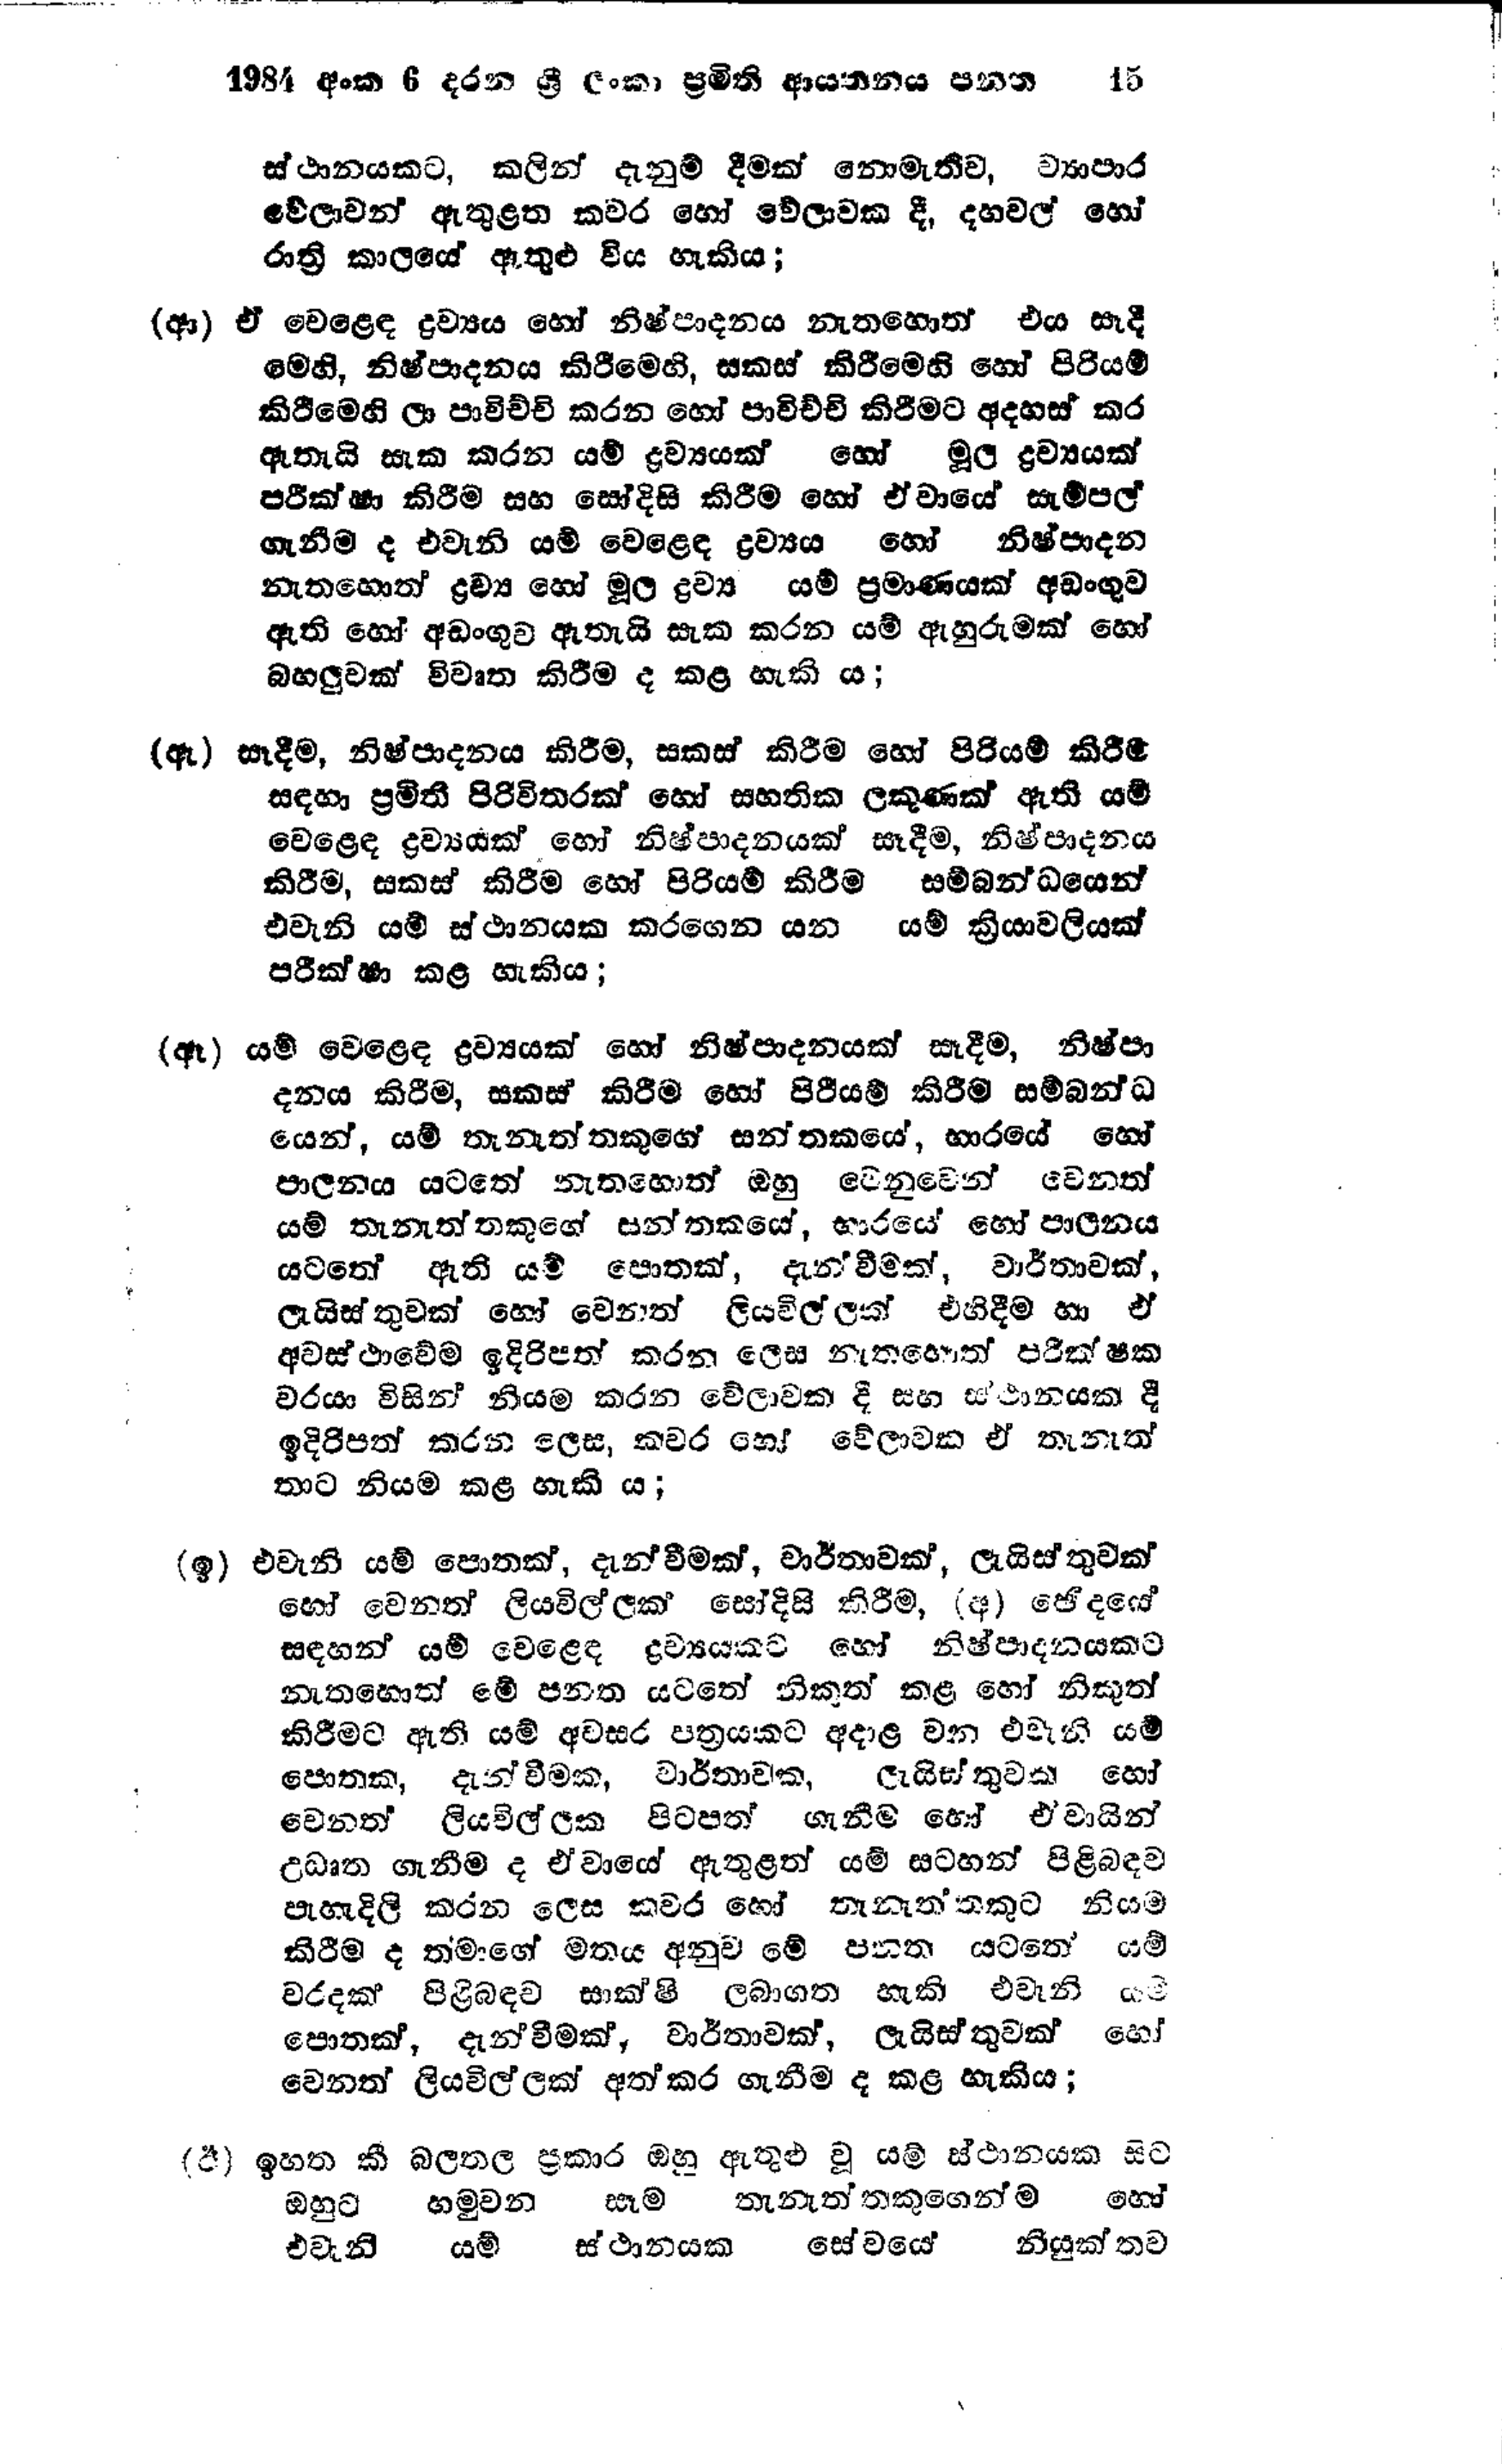
1984 අංක 6 දරන ශ්‍රී ලංකා ප්‍රමිති ආයතනය පනත  15

ස්ථානයකට, කලින් දැනුම් දීමක් නොමැතිව, ව්‍යාපාර
වේලාවන් ඇතුළත කවර හෝ වේලාවක දී, දහවල් හෝ
රාත්‍රි කාලයේ ඇතුළු විය හැකිය;

(ආ) ඒ වෙළෙඳ ද්‍රව්‍යය හෝ නිෂ්පාදනය නැතහොත් එය සෑදී
මෙහි, නිෂ්පාදනය කිරීමෙහි, සකස් කිරීමෙහි හෝ පිරියම්
කිරීමෙහි ලා පාවිච්චි කරන හෝ පාවිච්චි කිරීමට අදහස් කර
ඇතැයි සැක කරන යම් ද්‍රව්‍යයක් හෝ මූල ද්‍රව්‍යයක්
පරික්ෂා කිරීම සහ සෝදිසි කිරීම හෝ ඒවායේ සැම්පල්
ගැනීම ද එවැනි යම් වෙළෙඳ ද්‍රව්‍යය හෝ නිෂ්පාදන
නැතහොත් ද්‍රව්‍ය හෝ මුල ද්‍රව්‍ය යම් ප්‍රමාණයක් අඩංගුව
ඇති හෝ අඩංගුව ඇතැයි සැක කරන යම් ඇහුරුමක් හෝ
බහලුවක් විවෘත කිරීම ද කළ හැකි ය;

(ඇ) සෑදීම, නිෂ්පාදනය කිරීම, සකස් කිරීම හෝ පිරියම් කිරීම
සඳහා ප්‍රමිති පිරිවිතරක් හෝ සහතික ලකුණක් ඇති යම්
වෙළෙඳ ද්‍රව්‍යයක් හෝ නිෂ්පාදනයක් සෑදීම, නිෂ්පාදනය
කිරීම, සකස් කිරීම හෝ පිරියම් කිරීම සම්බන්ධයෙන්
එවැනි යම් ස්ථානයක කරගෙන යන යම් ක්‍රියාවලියක්
පරික්ෂා කළ හැකිය;

(ඈ) යම් වෙළෙඳ ද්‍රව්‍යයක් හෝ නිෂ්පාදනයක් සෑදීම, නිෂ්පා
දනය කිරීම, සකස් කිරීම හෝ පිරියම් කිරීම සම්බන්ධ
යෙන්, යම් තැනැත්තකුගේ සන්තකයේ, භාරයේ හෝ
පාලනය යටතේ නැතහොත් ඔහු වෙනුවෙන් වෙනත්
යම් තැනැත්තකුගේ සන්තකයේ, භාරයේ හෝ පාලනය
යටතේ ඇති යම් පොතක්, දැන්වීමක්, වාර්තාවක්,
ලැයිස්තුවක් හෝ වෙනත් ලියවිල්ල්ලක් එහිදීම හා ඒ
අවස්ථාවේම ඉදිරිපත් කරන ලෙස නැතහොත් පරීක්ෂක
වරයා විසින් නියම කරන වේලාවක දී සහ ස්ථානයක් දී
ඉදිරිපත් කරන ලෙස, කවර හෝ වේලාවක ඒ තැනැත්
තාට නියම කළ හැකි ය;

(ඉ) එවැනි යම් පොතක්, දැන්වීමක්, වාර්තාවක්, ලැයිස්තුවක්
හෝ වෙනත් ලියවිල්ලක් සෝදිසි කිරීම, (අ) ඡේදයේ
සඳහන් යම් වෙළෙඳ ද්‍රව්‍යයකට හෝ නිෂ්පාදනයකට
නැතහොත් මේ පනත යටතේ නිකුත් කළ හෝ නිකුත්
කිරීමට ඇති යම් අවසර පත්‍රයකට අදාළ වන එවැනි යම්
පොතක, දැන්වීමක, වාර්තාවක, ලැයිස්තුවක හෝ
වෙනත් ලියවිල්ලක පිටපත් ගැනීම හෝ ඒ වායින්
උධෘත ගැනීම ද ඒවායේ ඇතුළත් යම් සටහන් පිළිබඳව
පැහැදිලි කරන ලෙස කවර හෝ තැනැත්තකුට නියම
කිරීම ද තමාගේ මතය අනුව මේ පනත යටතේ යම්
වරදක් පිළිබඳව සාක්ෂි ලබාගත හැකි එවැනි යම්
පොතක්, දැන්වීමක්, වාර්තාවක්, ලැයිස්තුවක් හෝ
වෙනත් ලියවිල්ලක් අත්කර ගැනීම ද කළ හැකිය;

(ඊ) ඉහත කී බලතල ප්‍රකාර ඔහු ඇතුළු වූ යම් ස්ථානයක සිට
ඔහුට හමුවන සෑම තැනැත්තකුගෙන්ම හෝ
එවැනි යම් ස්ථානයක සේවයේ නියුක්තව